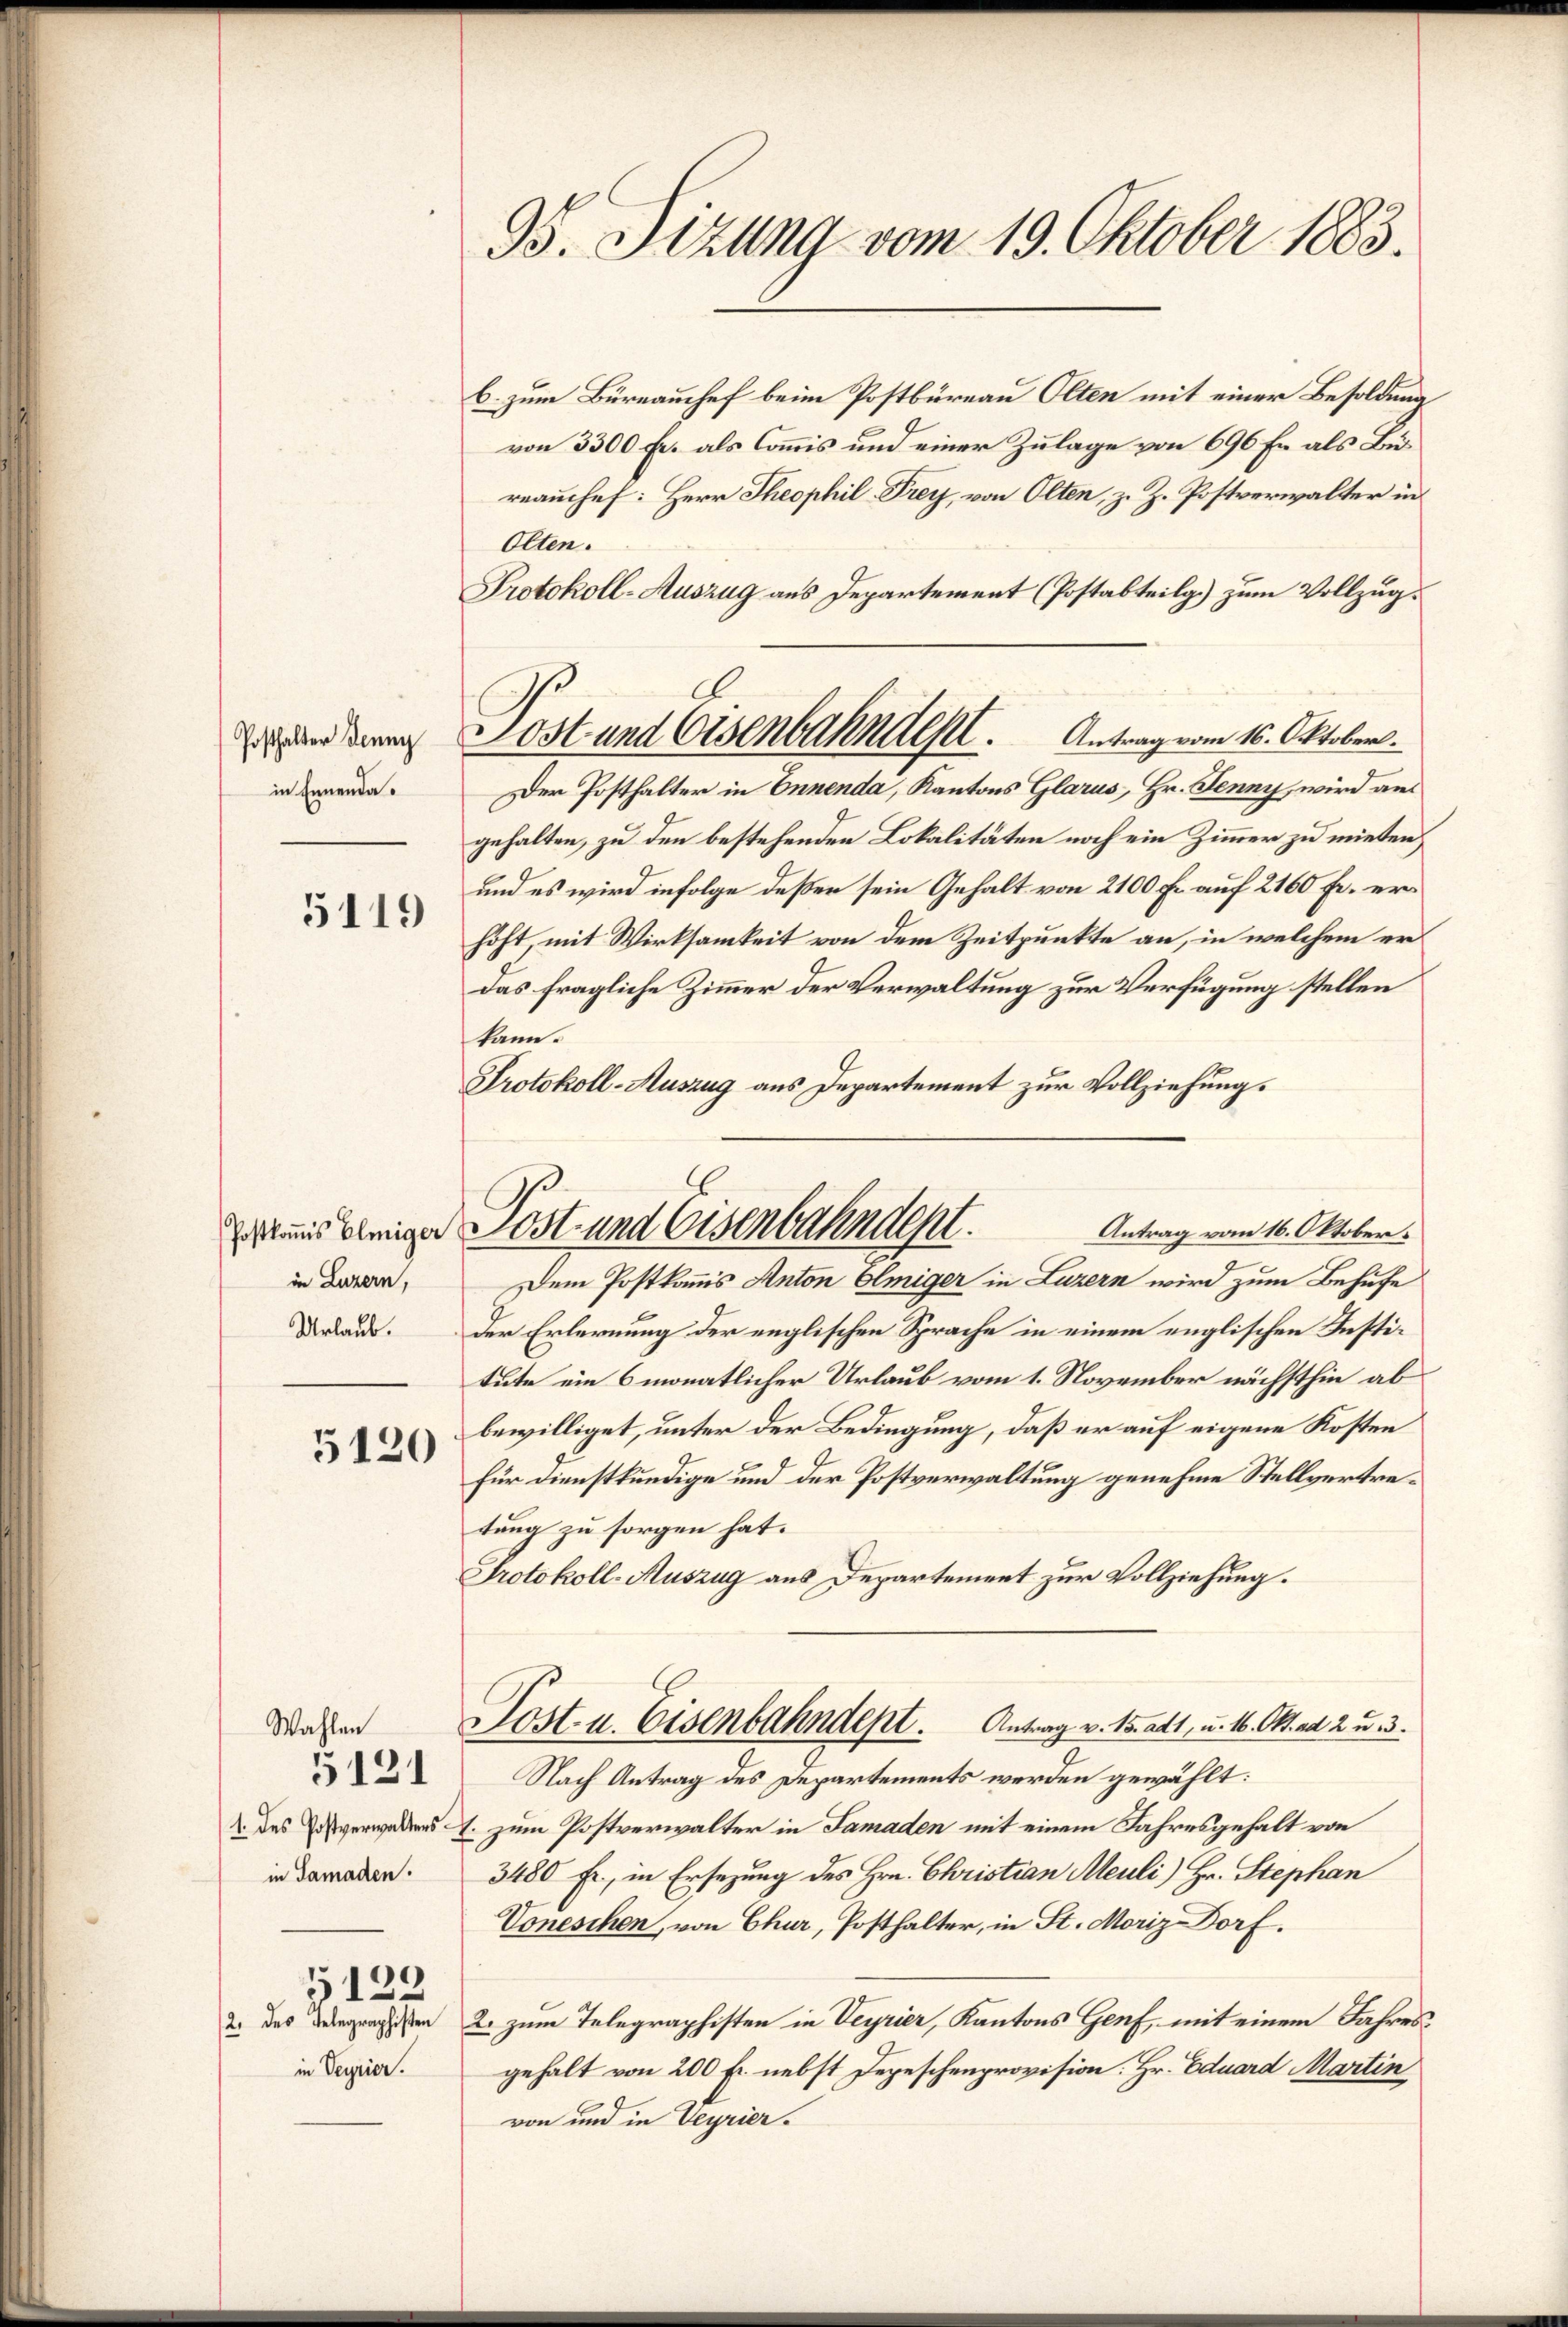
Posthalter Jenny
in Ennenda¬

Postkomis Eleiger
in Luzern,
Urlaub.

5119

5120

Wahlen
1. des Postverwalters
in Samaden.
5122
12. des Gelegenschaften
in Seyrier.

5131

95. Stzung vom 19. Oktober 1883.

Post und Eisenbahndest. Antrag vom 16. Oktober.
Der Posthalter in Ennenda, Kantons Glarus, Hr. Jenny, wird ans

Post und Eisenbahndept.
Antrag vom 16. Oktober.
Dem Postkommis Anton Elmiger in Luzern wird zum Behufe

b. zum Büreauhef beim Postbüreau Olten mit einer Besoldung
von 3300 Fr. als Commis und einer Zulage von 696 Er als Bürrauchef: Herr Theophil. Frey, von Olten, z. Z. Postverwalter in
Olten.
Protokoll-Auszug aus Departement (Postabteilg.) zum Vollzug.
gehalten, zu den bestehenden Lokalitäten noch ein Zimmer zu mieten,
und es wird infolge deßen sein Gehalt von 2100 Fr. auf 2160 Fr. erhöht, mit Wirksamkeit von dem Zeitpunkte an, in welchem er
das fragliche Zimmer der Verwaltung zur Verfügung stellen
kann.
Protokoll-Auszug aus Departement zur Vollziehung.
Der Erlernung der englischen Sprache in einem englischen Justitute ein 6 monatlicher Urlaub vom 1. November nächsthin ab
bewilliget, unter der Bedingung, daß er auf eigene Kosten
Für dienstkundige und der Postverwaltung genehme Stellvertretung zu sorgen hat.
Protokoll-Auszug aus Departement zur Vollziehung.
Sost- u. Eisenbahndept. Antrag v. 15 att, u. 16. Okt. ad 2. u. 3.
Nach Antrag des Departements werden gewählt:
 zum Postverwalter in Samaden mit einem Jahresgehalt von
3480 Fr., in Ersezung des Hrn. Christian Meuli) Hr. Stephan
Voneschen, von Chur, Posthalter, in St. Moriz Dorf.
2. zum Telegraphisten in Veyrier, Kantons Genf, mit einem Jahresgehalt von 200 Fr. nebst Depeschenprovision. Hr. Eduard Martin
von und in Veyrier¬